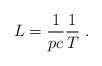
LaTeX: \begin{align*}L=\frac{1}{pc}\frac{1}{T}~. \end{align*}